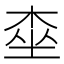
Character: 桽